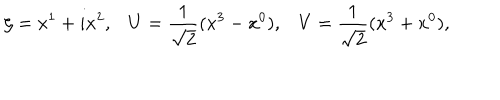
\zeta = x ^ { 1 } + i x ^ { 2 } , { U } = \frac { 1 } { \sqrt { 2 } } ( x ^ { 3 } - x ^ { 0 } ) , { V } = \frac { 1 } { \sqrt { 2 } } ( x ^ { 3 } + x ^ { 0 } ) ,